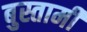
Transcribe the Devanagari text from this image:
बुस्तामी